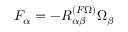
F _ { \alpha } = - { R } _ { \alpha \beta } ^ { ( F \Omega ) } \Omega _ { \beta }